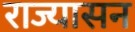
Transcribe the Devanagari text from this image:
राज्यासन